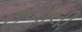
છબીલી